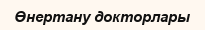
Өнертану докторлары